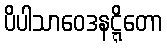
ပိပါသာဝေဒနဋ္ဋိတော